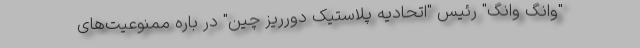
"وانگ وانگ" رئیس "اتحادیه پلاستیک دورریز چین" در باره ممنوعیت‌های